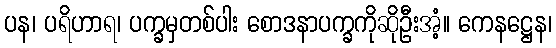
ပန၊ ပရိဟာရ၊ ပက္ခမှတစ်ပါး စောဒနာပက္ခကိုဆိုဦးအံ့။ ကေနဋ္ဌေန၊